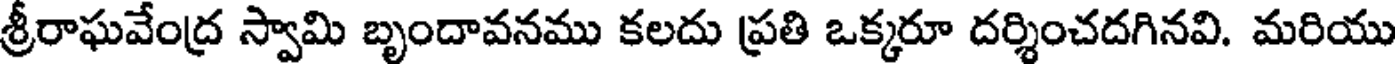
శ్రీరాఘవేంద్ర స్వామి బృందావనము కలదు ప్రతి ఒక్కరూ దర్శించదగినవి. మరియు